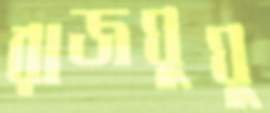
রাজঘুঘু